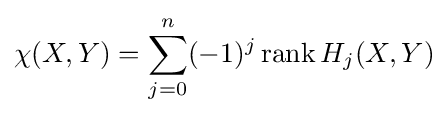
\chi (X,Y)=\sum _{j=0}^{n}(-1)^{j}\operatorname {rank} H_{j}(X,Y)